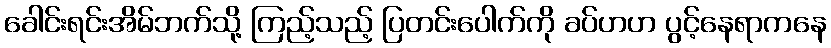
ခေါင်းရင်းအိမ်ဘက်သို့ ကြည့်သည့် ပြတင်းပေါက်ကို ခပ်ဟဟ ပွင့်နေရာကနေ